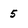
Character: 5